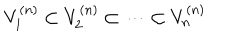
V _ { 1 } ^ { ( n ) } \subset V _ { 2 } ^ { ( n ) } \subset \cdots \subset V _ { n } ^ { ( n ) }